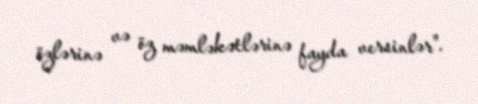
özlərinə və öz məmləkətlərinə fayda versinlər".